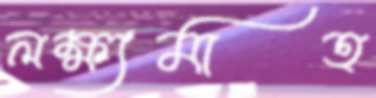
লক্ষ্যমাত্